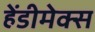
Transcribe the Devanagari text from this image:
हेंडीमेक्स